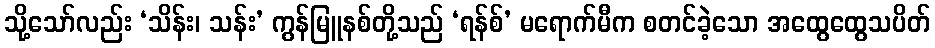
သို့သော်လည်း ‘သိန်း၊ သန်း’ ကွန်မြူနစ်တို့သည် ‘ရန်စ်’ မရောက်မီက စတင်ခဲ့သော အထွေထွေသပိတ်